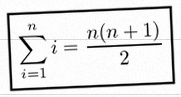
\sum_{i=1}^{n}i=\frac{n(n+1)}2